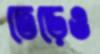
তেড়েও